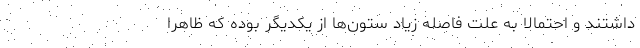
داشتند و احتمالا به علت فاصله زیاد ستون‌ها از یکدیگر بوده که ظاهرا